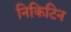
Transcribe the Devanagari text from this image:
निकिटिन